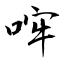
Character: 哰